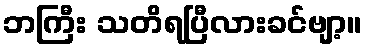
ဘကြီး သတိရပြီလားခင်ဗျာ့။